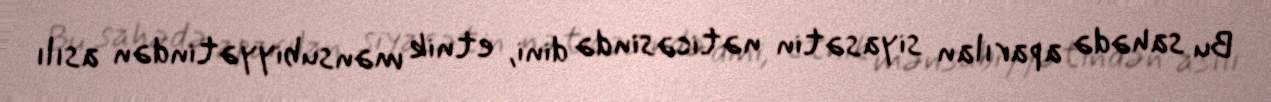
Bu sahədə aparılan siyasətin nəticəsində dini, etnik mənsubiyyətindən asılı